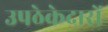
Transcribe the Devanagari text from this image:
उपठेकेदारों